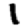
Digit: 1